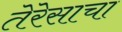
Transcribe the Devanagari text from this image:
तेरेसाचा